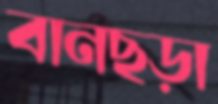
বানছড়া